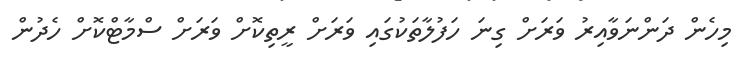
މިހެން ދަންނަވާއިރު ވަރަށް ގިނަ ހަފުލާތަކުގައި ވަރަށް ރީތިކޮށް ވަރަށް ސްމާޓްކޮށް ހެދުން